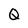
Character: Q